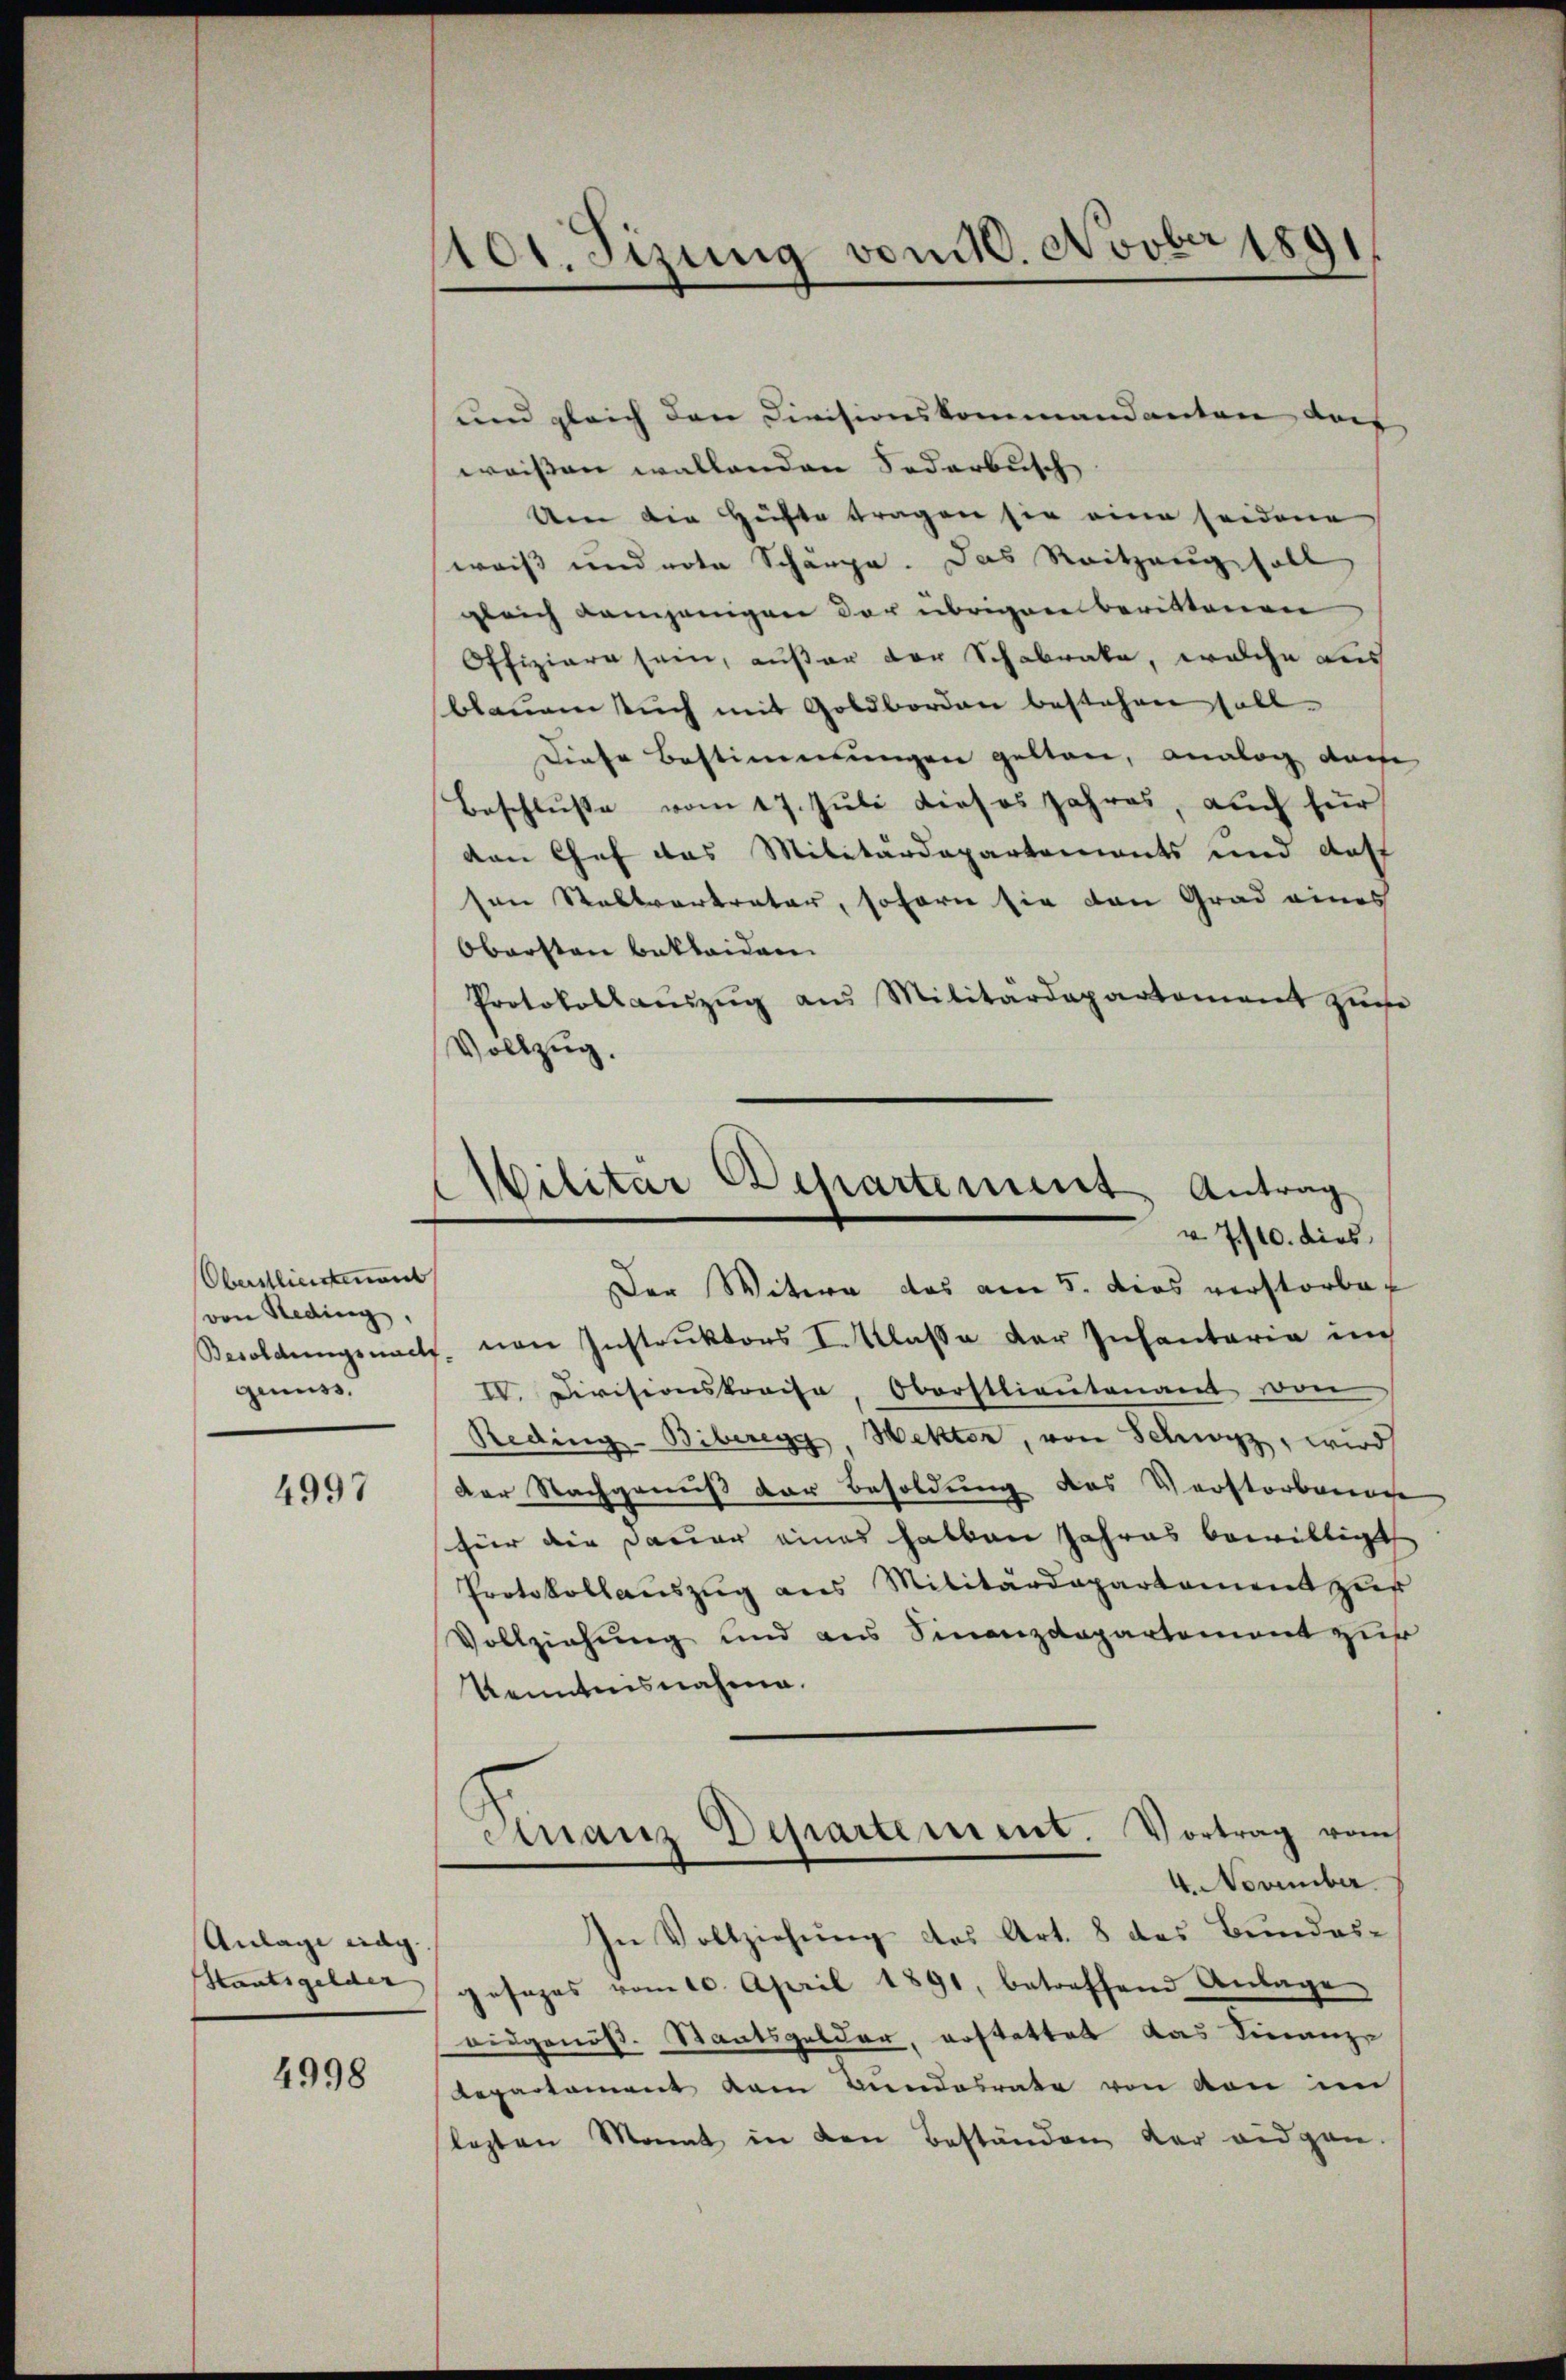
Oberstliessenen
von Reding.
genuss.

4997

Anlage mag.
Staatsgelder

4998

101. Sizung vom 10. Novber 1891

und gleich den Divisionskommandanten das |
weissen wallenden Sodarbusch
Um die Hüfte tragen sie eine seidene
weiß und note Schänge. Das Reitzung soll
gleich demjenigen der übrigen berittenen
Offiziere sein, außer der Schabrate, welche Lies
blauem such mit Goldborden bestehen soll
Diese Bestimmungen gelten, analog doch
Beschlŭβe vom 17. Jŭli dieses Jahres, auch für
den Chef das Militärdepartements und Auff
sen Stellvertreter, soforn sie den Grad eines
Obersten bekleiden
Protokollauszug aus Militärdepartement zure
Vollzug.
Der Witwe das am 5. dies verstorben
Besoldungsnach von Instruktors I. Klasse der Infantaria im
IV. Divisionskreise, Oberstlieutenant von
Reding-Biberegg, Wetter, von Schwyz, wird
der Nachgenuß der Besoldung des Verstorbenen
für die Dauer eines hatten Jahres bewilligt
Protokollauszug aus Militärdepartament zur
Vollziehung und aus Finanzdepartement zur
Kenntnisnahme.
Finanz Departement. Vortrag vom
4. November.
In Vollziehung des Art. 8 des Bundes-
Jesezes vom 10. April 1891, betreffend Anlage
ridgenöß. Staatsgelder, erstattet das Finanz-
Repartament vom Bundesrate von von im
lezten Mannt in den Beständen der eidgen.

Militär Departement Antrag
v 7/10. dies